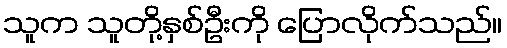
သူက သူတို့နှစ်ဦးကို ပြောလိုက်သည်။